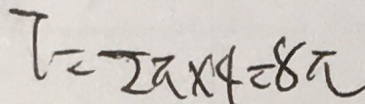
T = 2 \pi \times 4 = 8 \pi